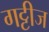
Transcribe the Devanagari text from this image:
गट्टीज